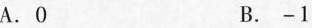
A.O B.-1